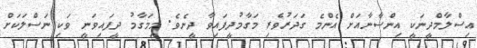
އިސްލާމްދީނަކީ އިންސާނާއަށް އެންމެ ގަދަރުވެރި މަގާމުދީފައިވާ ދީނެވެ. މިމަގާމު ދީފައިވަނީ ވަކި ނަސްލަކަށް